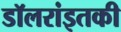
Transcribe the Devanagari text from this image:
डॉलरांइतकी